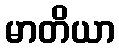
မာတိယာ